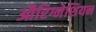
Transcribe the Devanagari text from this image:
औरिग्नेशियन